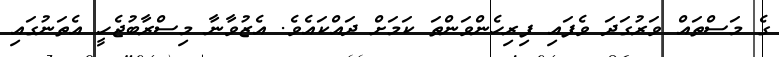
ގެ މަސްތައް ވަރުގަދަ ވެފައި ފިރިހެންވަންތަ ކަމަށް ދައްކައެވެ. އެޒުވާނާ މިސްރާބުޖެހީ އެތަނުގައި